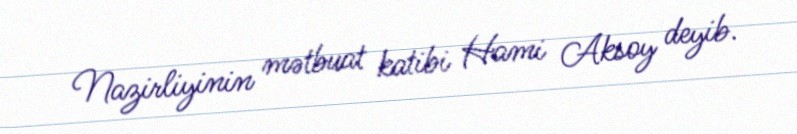
Nazirliyinin mətbuat katibi Hami Aksoy deyib.